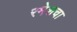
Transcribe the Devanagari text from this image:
रमेशचा